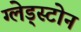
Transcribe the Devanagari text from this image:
ग्लेड्स्टोन